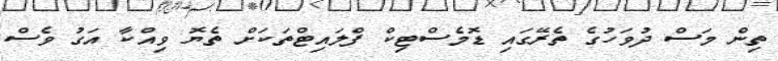
ތިން މަސް ދުވަހުގެ ތެރޭގައި ޑޮމެސްޓިކް ފްލައިޓްތަކަށް ތެޔޮ ވިއްކާ އަގު ވެސް